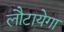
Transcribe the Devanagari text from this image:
लौटायेगा